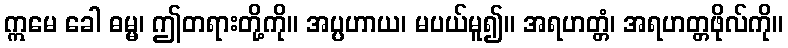
ဣမေ ခေါ ဓမ္မ၊ ဤတရားတို့ကို။ အပ္ပဟာယ၊ မပယ်မူ၍။ အရဟတ္တံ၊ အရဟတ္တဖိုလ်ကို။